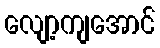
လျော့ကျအောင်